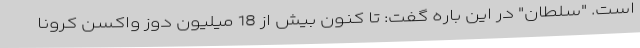
است. "سلطان" در این باره گفت: تا کنون بیش از 18 میلیون دوز واکسن کرونا